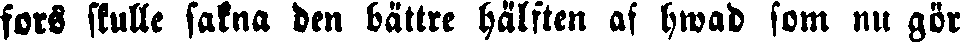
fors skulle sakna den bättre hälften af hwad som nu gör